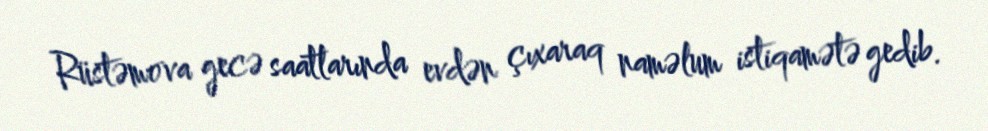
Rüstəmova gecə saatlarında evdən çıxaraq naməlum istiqamətə gedib.